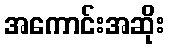
အကောင်းအဆိုး